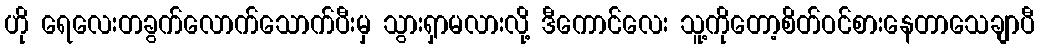
ဟို ရေလေးတခွက်လောက်သောက်ပီးမှ သွားရှာမလားလို့ ဒီကောင်လေး သူ့ကိုတော့စိတ်ဝင်စားနေတာသေချာပီ